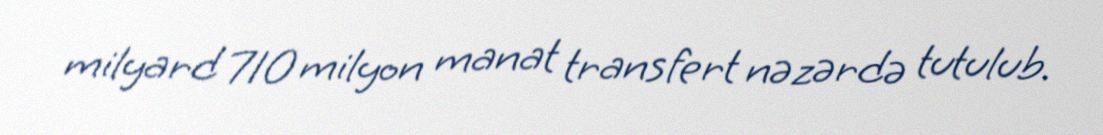
milyard 710 milyon manat transfert nəzərdə tutulub.